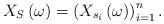
LaTeX: \begin{align*}X_{S}\left(\omega\right)=\left(X_{s_{i}}\left(\omega\right)\right)_{i=1}^{n}.\end{align*}